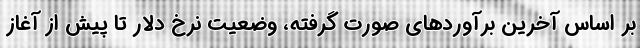
بر اساس آخرین برآورد‌های صورت گرفته، وضعیت نرخ دلار تا پیش از آغاز